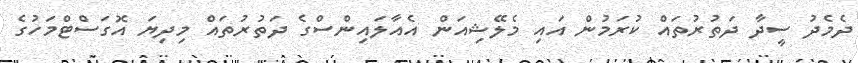
ދެމެދު ސީދާ ދަތުރުތައް ކުރަމުން އައި މެލޭޝިއަން އެއާލައިންސްގެ ދަތުރުތައް މިދިޔަ އޮގަސްޓްމަހުގެ